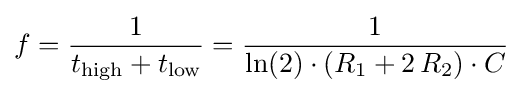
f={\frac {1}{t_{\text{high}}+t_{\text{low}}}}={\frac {1}{\ln(2)\cdot (R_{1}+2\,R_{2})\cdot C}}